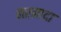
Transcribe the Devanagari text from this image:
नरमादा